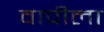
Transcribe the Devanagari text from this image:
वापीला